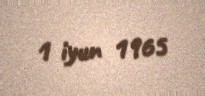
1 iyun 1965